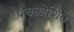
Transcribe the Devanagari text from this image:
पंचक्रोशित